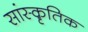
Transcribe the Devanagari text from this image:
सांस्कृ़तिक